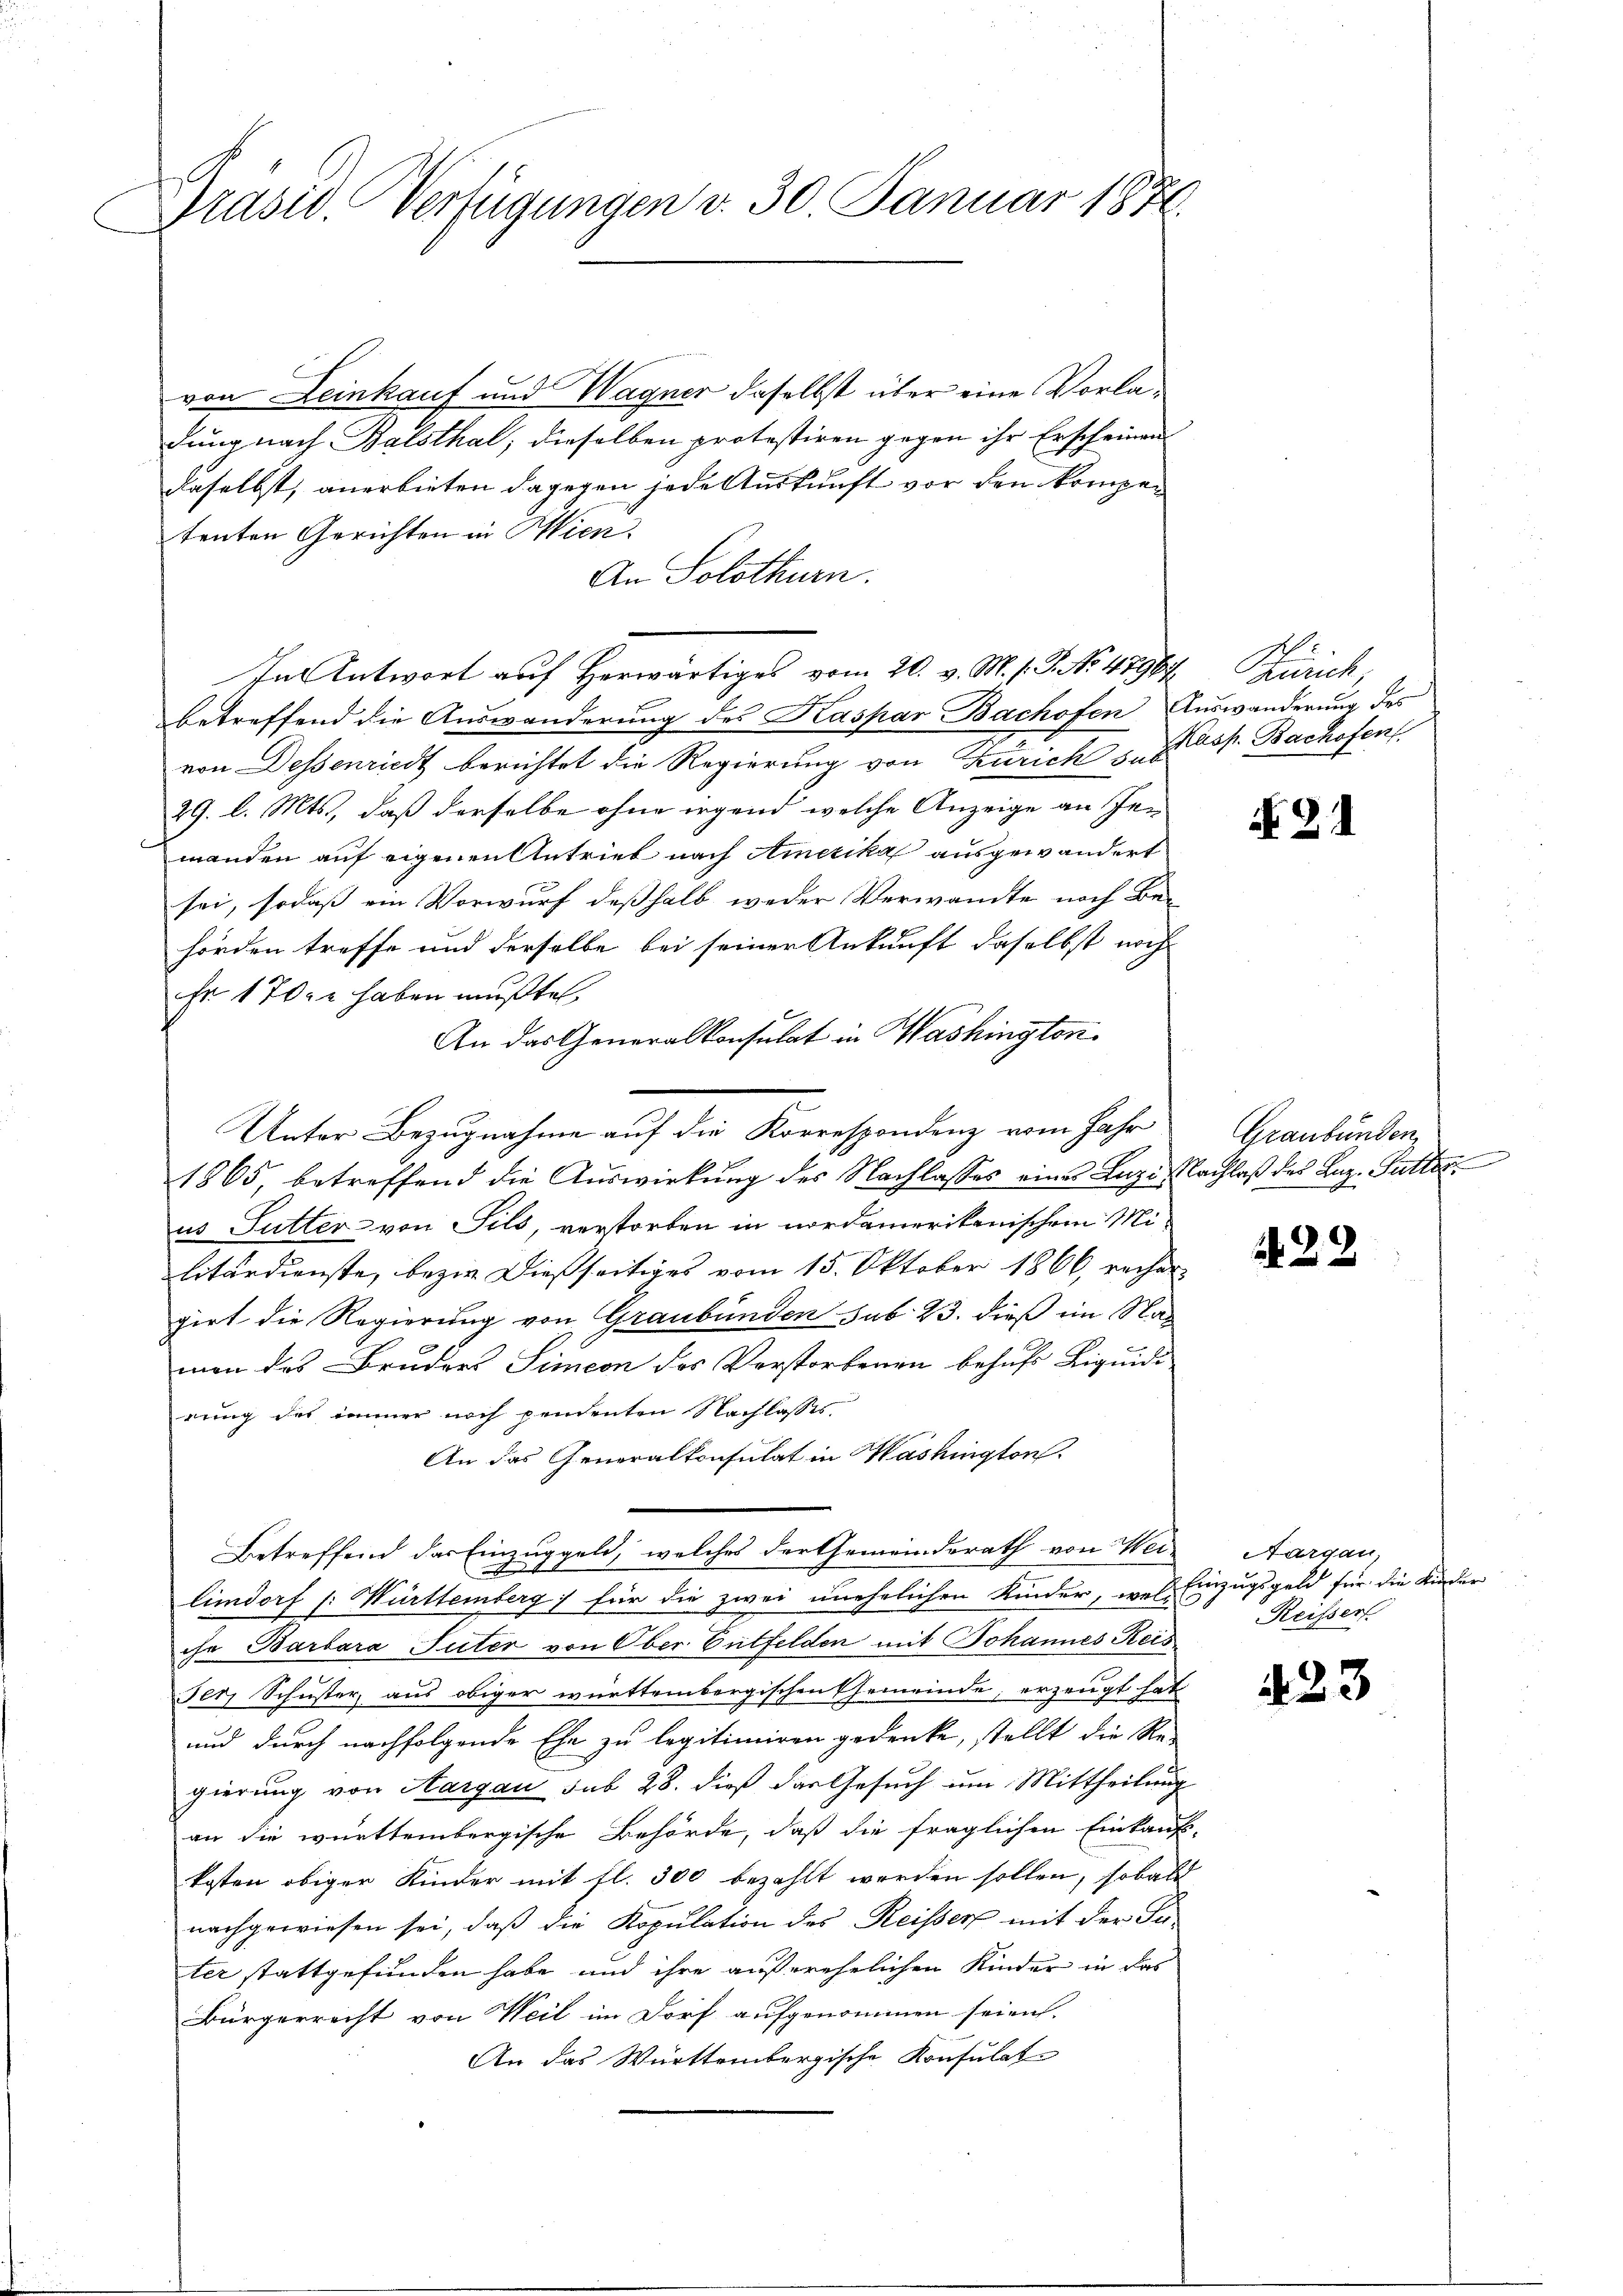
Präsid. Verfügungen v. 30. Januar 1876

von Leinkauf und Wagner daselbst über eine Vorladung nach Balsthal, dieselben protestiren gegen ihr Erscheinen
daselbst, anerbieten dagegen jede Auskunft vor den kompen
tenten Gerichten in Wien.
An Solothurn.
In Antwort auf herwärtiges vom 20. v. M. v. J. No 47964 Zürich,
betreffend die Auswanderung des Kaspar Bachofen Auswanderung des
von Dessenriedt berichtet die Regierung von Zürich sub
29. l. Mts., daß derselbe ohne irgend welche Anzeige an Jen
manden auf eigenen Antrieb nach Amerika ausgewandert
sei, sodaß ein Vorwurf deßhalb weder Verwandte noch Be-
hörden treffe und derselbe bei seiner Ankunft daselbst noch
Er 1702 haben mußte,
An das Generalkonsulat in Washington
1865, betreffend die Auswirkung der Nachlasses eines Lazi Nachlaß des Laz. Futter
us Sutter von Sils, verstorben in nordamerikanischem Militärdienste, bezier dießseitiges vom 15. Oktober 1866, rechen
girt die Regierung von Graubünden sub 23. dieß im Naman das Bruders Simeon des Verstorbenen behufs Liquidi
rung des immer noch pendenten Nachlasses
An das Generalkonsulat in Washington.
Betreffend das Einzuggeld, welches der Gemeinderath von Wei-
n
limdorf /: Württemberg für die zwei unehelichen Kinder, wel Einzugsgeld für die Kinder
che Barbara Suter von Ober Entfelden mit Johannes Reis
Ter, Schuster aus obiger württembergischen Gemeinde, erzeugt hat
und durch nachfolgende Ehe zu legitimiren gedenke, stellt die Re-
gierung von Aargau sub 28. dieß das Gesuch um Mittheilung
an die württembergische Behörde, daß die fraglichen Einkauf-
kosten obiger Kinder mit fl. 300 bezahlt werden sollen, sobald
nachgewiesen sei, daß die Kopulation des Reisser mit der Su-
ter stattgefunden habe und ihre außerehelichen Kinder in das
Bürgerrecht von Weil im Dorf aufgenommen seien.
An das Württembergische Konsulat

Unter Bezugnahme auf die Korrespondenz vom Jahr

Kasp. Bachofen.

No. 21

Graubünden,

222

Aargau,
Reisser

423